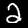
Label: 2